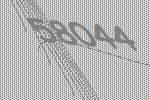
58044